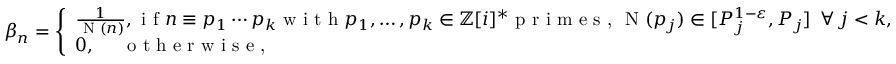
\begin{array} { r } { \beta _ { n } = \left\{ \begin{array} { l l } { \frac { 1 } { \textnormal { N } ( n ) } , \textnormal { i f } n \equiv p _ { 1 } \cdots p _ { k } \textnormal { w i t h } p _ { 1 } , \ldots , p _ { k } \in \mathbb { Z } [ i ] ^ { * } \textnormal { p r i m e s , } \textnormal { N } ( p _ { j } ) \in [ P _ { j } ^ { 1 - \varepsilon } , P _ { j } ] \, \, \, \forall \, j < k , } \\ { 0 , \quad \, \, \textnormal { o t h e r w i s e , } } \end{array} \right. } \end{array}